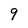
Character: 9